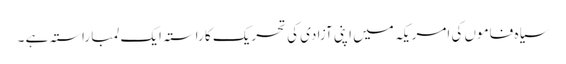
سیاہ فاموں کی امریکہ میں اپنی آزادی کی تحریک کا راستہ ایک لمبا راستہ ہے ۔